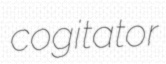
cogitator